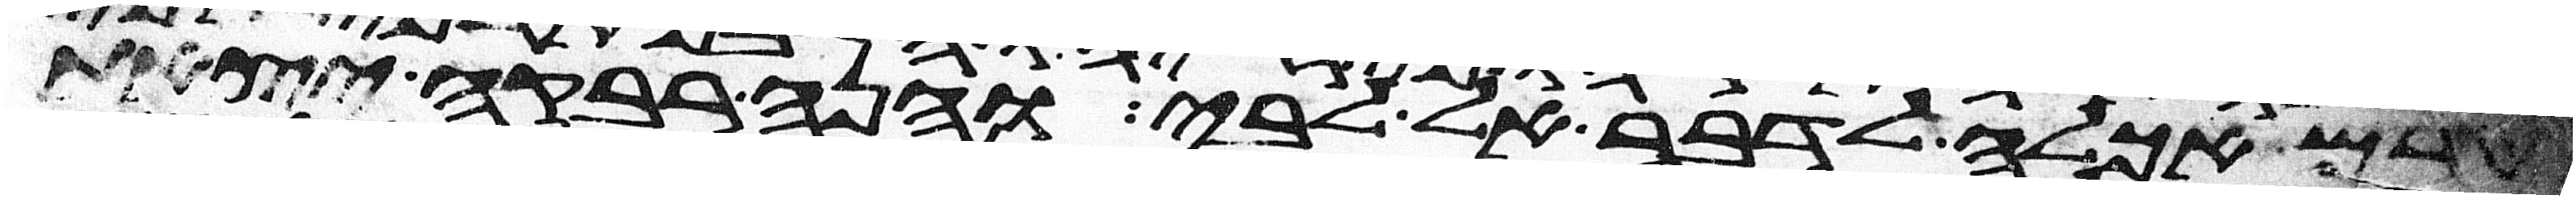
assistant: טרם אכלה לדבר אל לבי והנה רבקה יצאת